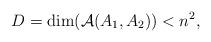
LaTeX: \begin{align*}D = \mathrm{dim}(\mathcal{A}(A_1,A_2)) < n^2,\end{align*}